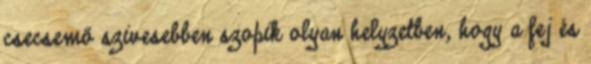
csecsemő szivesebben szopik olyan helyzetben, hogy a fej és